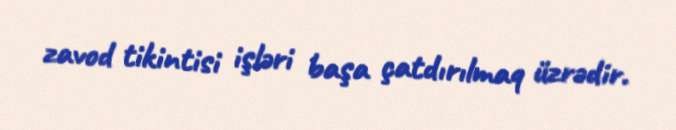
zavod tikintisi işləri başa çatdırılmaq üzrədir.